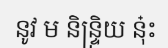
នូវ ម និន្ទ្រិយ នុ៎ះ